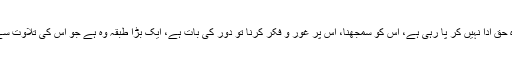
اس کتاب ہدایت کا وہ حق ادا نہیں کر پا رہی ہے، اس کو سمجھنا، اس پر غور و فکر کرنا تو دور کی بات ہے، ایک بڑا طبقہ وہ ہے جو اس کی تلاوت سے بھی بے نیاز ہے ۔